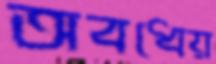
অবধেয়